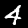
Label: 4